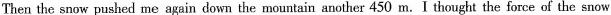
Then the snow pushed me again down the mountain another 450 m.I thought the force of the snow